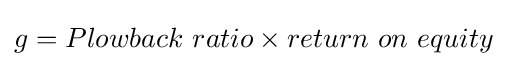
g={Plowback\ ratio}\times {return\ on\ equity}